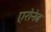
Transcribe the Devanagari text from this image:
एरोनेब